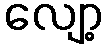
လျော့